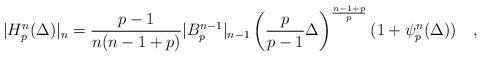
LaTeX: \begin{align*}|H_p^n(\Delta)|_n=\frac{p-1}{n(n-1+p)}|B_p^{n-1}|_{n-1}\left(\frac{p}{p-1}\Delta\right)^{\frac{n-1+p}{p}}(1+\psi_p^n(\Delta))\quad,\end{align*}